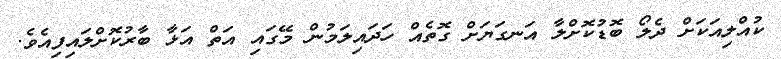
ކުއްލިއަކަށް ދެލޯ ބޮޑުކޮށްލާ އަނގަޔަށް ގޮތެއް ހަދައިލަމުން މޭގައި އަތް އަޅާ ބާރުކޮށްލައިފިއެވެ.